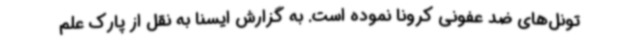
تونل‌های ضد عفونی کرونا نموده است. به گزارش ایسنا به نقل از پارک علم